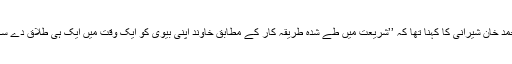
مولانا محمد خان شیرانی کا کہنا تھا کہ ’’شریعت میں طے شدہ طریقہ کار کے مطابق خاوند اپنی بیوی کو ایک وقت میں ایک ہی طلاق دے سکتا ہے‘‘۔